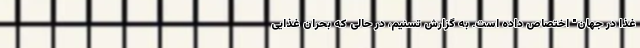
غذا در جهان" اختصاص داده است. به گزارش تسنیم، در حالی که بحران غذایی